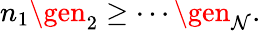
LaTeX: n_{1}\gen_{2}\ge\cdots\gen_{\mathcal{N}}.